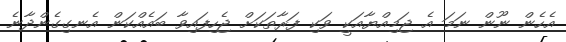
އެހެން ނޫން ނަމަ އެ ޖަމިއްޔާއަކީ ވަކި ފަރާތަކަށް ޖެހިފައިވާ ބައެއްކަން އެނގިގެންދާނެ